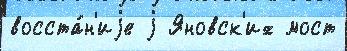
восста́н'иjе j Яновск'их мост